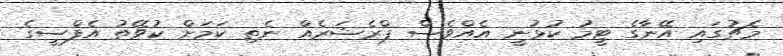
މެޗުގައި އޭނާގެ ޓީމު ކުޅުނީ އެއްވެސް ޕްރެޝަރެއް ނެތި ކަމަށް ކުވޭތު އެފްސީގެ